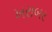
ખરાબર